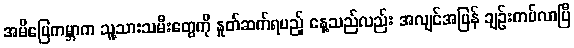
အမိမြေကမ္ဘာက သူ့သားသမီးတွေကို နှုတ်ဆက်ရမည့် နေ့သည်လည်း အလျင်အမြန် ချဉ်းကပ်လာပြီ